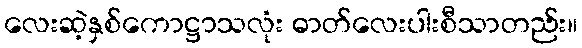
လေးဆဲ့နှစ်ကောဋ္ဌာသလုံး ဓာတ်လေးပါးစီသာတည်း။